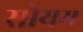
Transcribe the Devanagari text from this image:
सोयम